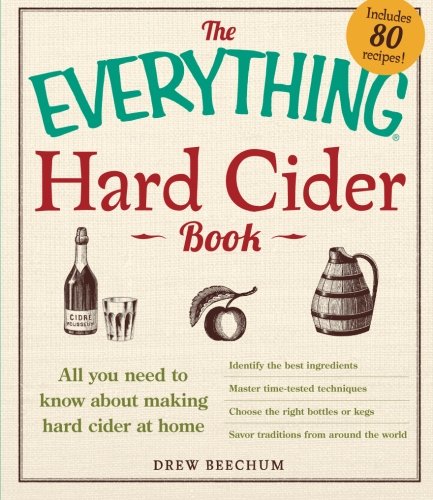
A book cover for The Everything Hard Cider Book: All you need to know about making hard cider at home; Drew Beechum; Cookbooks, Food & Wine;